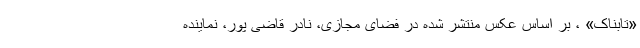
«تابناک» ، بر اساس عکس منتشر شده در فضای مجازی، نادر قاضی پور، نماینده